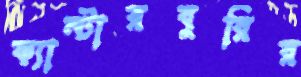
ক্যান্টারবুরির